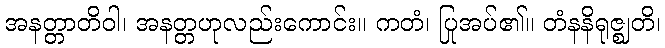
အနတ္တာတိဝါ၊ အနတ္တဟုလည်းကောင်း။ ကတံ၊ ပြုအပ်၏။ တံနနိရုဇ္ဈတိ၊